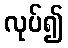
လုပ်၍